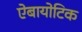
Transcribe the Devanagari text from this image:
ऐबायोटिक